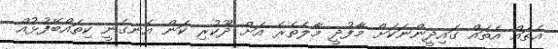
އެތައް އެތައް ގައިދީންނަކަށް މާފުދީ މާލެތެރެ އަށް ދޫކުރި ކަން އެނގެނީ ކިތައްބޭފުޅުއް